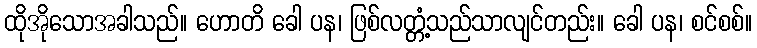
ထိုအိုသောအခါသည်။ ဟောတိ ခေါ ပန၊ ဖြစ်လတ္တံ့သည်သာလျင်တည်း။ ခေါ ပန၊ စင်စစ်။